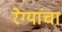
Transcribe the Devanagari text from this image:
रेग्यांचा